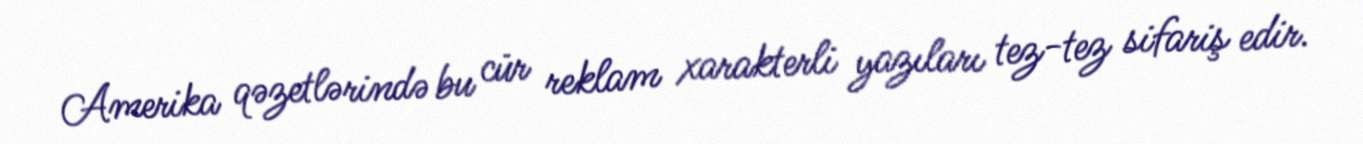
Amerika qəzetlərində bu cür reklam xarakterli yazıları tez-tez sifariş edir.